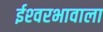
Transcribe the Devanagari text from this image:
ईश्‍वरभावाला